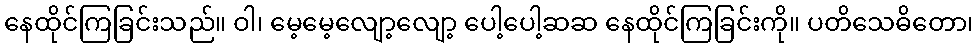
နေထိုင်ကြခြင်းသည်။ ဝါ၊ မေ့မေ့လျော့လျော့ ပေါ့ပေါ့ဆဆ နေထိုင်ကြခြင်းကို။ ပတိသေဓိတော၊